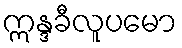
ဣန္ဒခီလူပမော